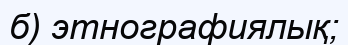
б) этнографиялық;